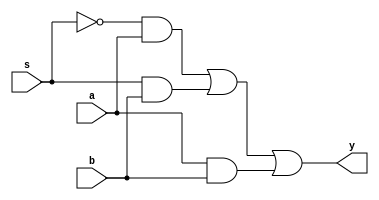
module MUX2x1_noConflict(a,b,s,y);
  
  input a,b,s;
  output y;
  wire y;
  wire notS,notS_a,s_b;

  not #2 N(notS,s);
  and #2 A1(notS_a,notS,a);
  and #2 A2(s_b,s,b);
  and #2 A3(a_b,a,b);           //添加冗余项消除冒险
  or  #2 O(y,notS_a,s_b,a_b);

endmodule